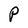
Character: P